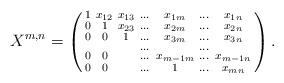
LaTeX: \begin{align*}X^{m,n}=\left(\begin{smallmatrix}1&x_{12}&x_{13}&\dots &x_{1m}&\dots &x_{1n}\\0& 1 &x_{23}&\dots &x_{2m}&\dots &x_{2n}\\0& 0 & 1 &\dots &x_{3m}&\dots &x_{3n}\\ & & &\dots & &\dots & \\0& 0 & &\dots & x_{m-1m} &\dots &x_{m-1n}\\0& 0 & &\dots &1 &\dots &x_{mn}\end{smallmatrix}\right).\end{align*}